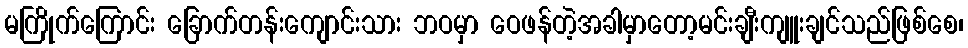
မကြိုက်ကြောင်း ခြောက်တန်းကျောင်းသား ဘဝမှာ ဝေဖန်တဲ့အခါမှာတော့မင်းချီးကျူးချင်သည်ဖြစ်စေ၊